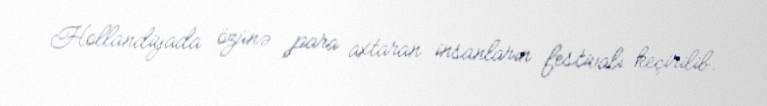
Hollandiyada özünə para axtaran insanların festivalı keçirilib.